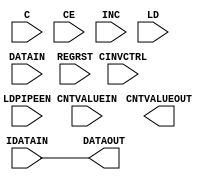
module IDELAYE2 (/*AUTOARG*/
   // Outputs
   CNTVALUEOUT, DATAOUT,
   // Inputs
   C, CE, CINVCTRL, CNTVALUEIN, DATAIN, IDATAIN, INC, LD, LDPIPEEN,
   REGRST
   );

   parameter CINVCTRL_SEL = "FALSE";           // Enable dynamic clock inversion
   parameter DELAY_SRC = "IDATAIN";            // Delay input 
   parameter HIGH_PERFORMANCE_MODE  = "FALSE"; // Reduced jitter
   parameter IDELAY_TYPE  = "FIXED";           // Type of delay line
   parameter integer IDELAY_VALUE = 0;         // Input delay tap setting
   parameter [0:0] IS_C_INVERTED = 1'b0;       // 
   parameter [0:0] IS_DATAIN_INVERTED = 1'b0;  //
   parameter [0:0] IS_IDATAIN_INVERTED = 1'b0; //
   parameter PIPE_SEL = "FALSE";               // Select pipelined mode
   parameter real    REFCLK_FREQUENCY = 200.0; // Ref clock frequency
   parameter SIGNAL_PATTERN    = "DATA";       // Input signal type

`ifdef XIL_TIMING
    parameter LOC = "UNPLACED";
    parameter integer SIM_DELAY_D = 0;
    localparam DELAY_D = (IDELAY_TYPE == "VARIABLE") ? SIM_DELAY_D : 0;
`endif // ifdef XIL_TIMING

`ifndef XIL_TIMING
    integer DELAY_D=0;
`endif // ifndef XIL_TIMING

   output [4:0] CNTVALUEOUT; // count value for monitoring tap value
   output 	DATAOUT;     // delayed data
   input 	C;           // clock input for variable mode
   input 	CE;          // enable increment/decrement function
   input 	CINVCTRL;    // dynamically inverts clock polarity
   input [4:0] 	CNTVALUEIN;  // counter value for tap delay
   input 	DATAIN;      // data input from FGPA logic
   input 	IDATAIN;     // data input from IBUF
   input 	INC;         // increment tap delay
   input 	LD;          // loads the delay primitive
   input 	LDPIPEEN;    // enables the pipeline register delay 
   input 	REGRST;      // reset for pipeline register

   assign DATAOUT = IDATAIN;

   initial
     begin
	$display("Delay %d %m",IDELAY_VALUE);	
     end
endmodule